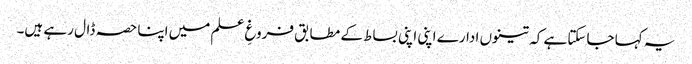
یہ کہا جاسکتا ہے کہ تینوں ادارے اپنی اپنی بساط کے مطابق فروغِ علم میں اپنا حصہ ڈال رہے ہیں۔